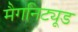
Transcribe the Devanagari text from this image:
मैगनिट्यूड